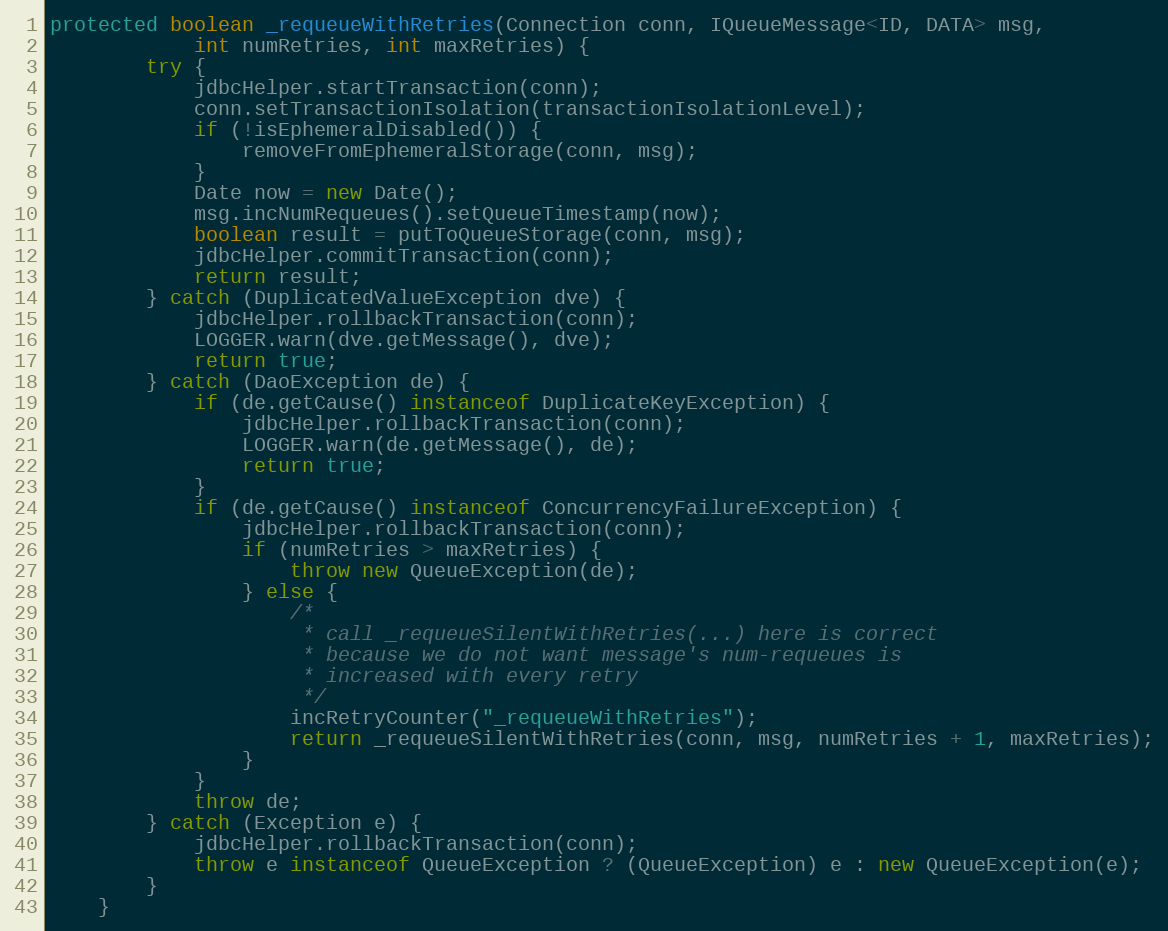
Language: Java
protected boolean _requeueWithRetries(Connection conn, IQueueMessage<ID, DATA> msg,
            int numRetries, int maxRetries) {
        try {
            jdbcHelper.startTransaction(conn);
            conn.setTransactionIsolation(transactionIsolationLevel);
            if (!isEphemeralDisabled()) {
                removeFromEphemeralStorage(conn, msg);
            }
            Date now = new Date();
            msg.incNumRequeues().setQueueTimestamp(now);
            boolean result = putToQueueStorage(conn, msg);
            jdbcHelper.commitTransaction(conn);
            return result;
        } catch (DuplicatedValueException dve) {
            jdbcHelper.rollbackTransaction(conn);
            LOGGER.warn(dve.getMessage(), dve);
            return true;
        } catch (DaoException de) {
            if (de.getCause() instanceof DuplicateKeyException) {
                jdbcHelper.rollbackTransaction(conn);
                LOGGER.warn(de.getMessage(), de);
                return true;
            }
            if (de.getCause() instanceof ConcurrencyFailureException) {
                jdbcHelper.rollbackTransaction(conn);
                if (numRetries > maxRetries) {
                    throw new QueueException(de);
                } else {
                    /*
                     * call _requeueSilentWithRetries(...) here is correct
                     * because we do not want message's num-requeues is
                     * increased with every retry
                     */
                    incRetryCounter("_requeueWithRetries");
                    return _requeueSilentWithRetries(conn, msg, numRetries + 1, maxRetries);
                }
            }
            throw de;
        } catch (Exception e) {
            jdbcHelper.rollbackTransaction(conn);
            throw e instanceof QueueException ? (QueueException) e : new QueueException(e);
        }
    }